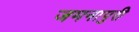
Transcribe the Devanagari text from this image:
जमनापुरी